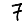
Digit: 7